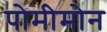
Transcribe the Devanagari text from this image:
पोमीमोन